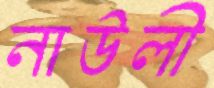
নাউলী